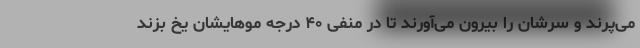
می‌پرند و سرشان را بیرون می‌آورند تا در منفی ۴۰ درجه موهایشان یخ بزند